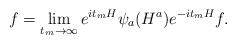
LaTeX: \begin{align*}\begin{aligned}f=\lim_{t_m\to\infty}e^{it_mH}\psi_a(H^a)e^{-it_mH}f.\end{aligned}\end{align*}